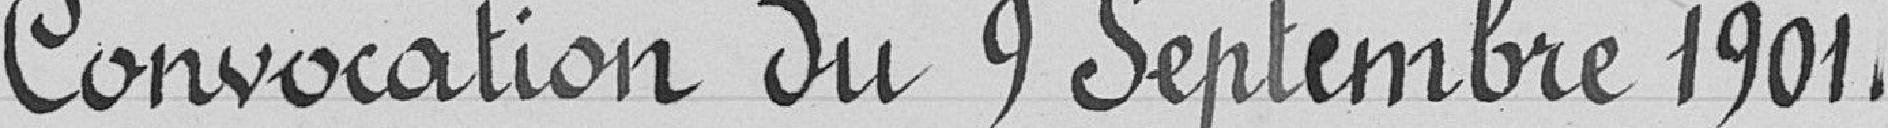
Convocation du 9 Septembre 1901.